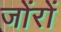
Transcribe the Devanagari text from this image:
जोंरों